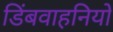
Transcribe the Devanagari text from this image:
डिंबवाहनियों